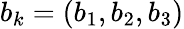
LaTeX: b_{k}=(b_{1},b_{2},b_{3})